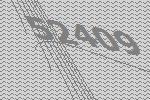
52409